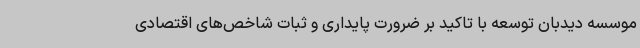
موسسه دیدبان توسعه با تاکید بر ضرورت پایداری و ثبات شاخص‌های اقتصادی